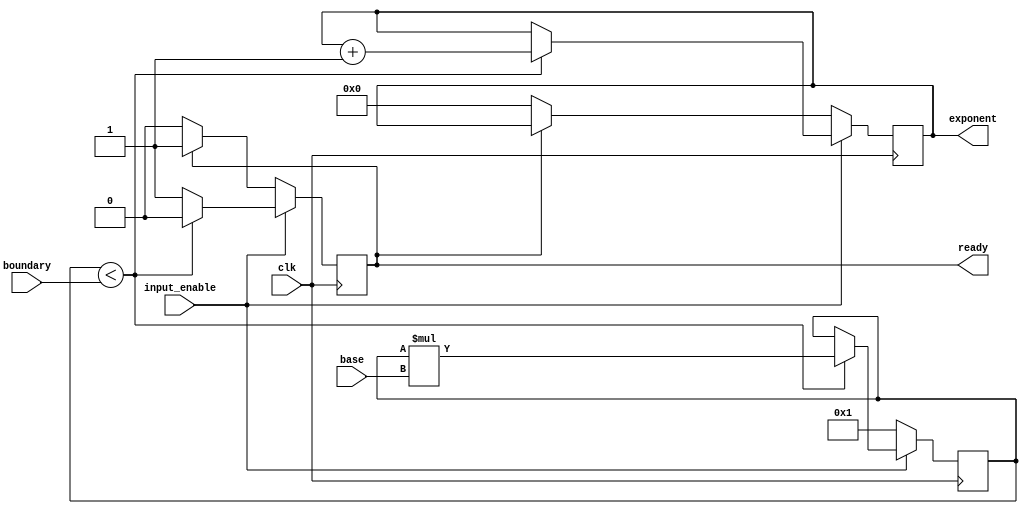
module exponent_finder(
	 input clk,
    input [63:0] boundary,
    input input_enable,
    input [8:0] base,
    output reg [7:0] exponent,
	 output reg ready
    );
	 
	 reg [7:0] next_exponent;
	 reg next_ready;
	 reg [10:0] temp_product;
	 reg [10:0] next_temp_product;
	 
	 
	 initial begin
		next_ready = 0;
		next_exponent = 0;
		next_temp_product = 1;
	 end
	 
	 always @(posedge clk) begin
		ready <= next_ready;
		exponent <= next_exponent;
		temp_product <= next_temp_product;
	 end
	 
	 always @(*) begin

			if (input_enable) begin
				if (temp_product < boundary) begin
					next_temp_product = temp_product * base;
					next_ready = 0;
					next_exponent = exponent + 1;
				end else begin
					next_temp_product = temp_product;
					next_ready = 1;
					next_exponent = exponent;
				end
			end else begin
				if (ready) begin
					next_ready = 1;
					next_exponent = exponent;
					next_temp_product = 1;
				end else begin
					next_temp_product = 1;
					next_ready = 0;
					next_exponent = 0;
				end

			end
	 end


endmodule